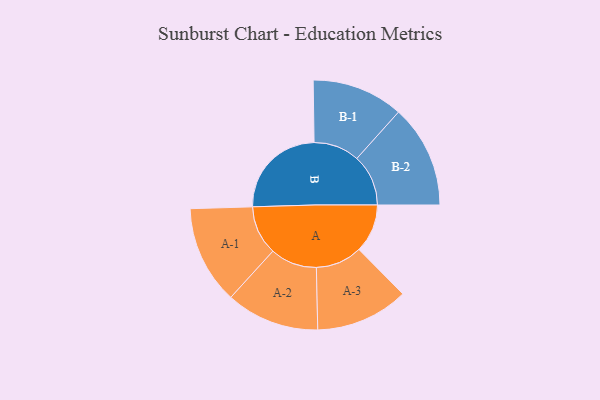
{"axis": {"x": "Segment", "y": "Value"}, "legend": ["", "A", "B"], "data": [{"x": "A", "y": 214, "type": ""}, {"x": "B", "y": 429, "type": ""}, {"x": "A-1", "y": 217, "type": "A"}, {"x": "A-2", "y": 206, "type": "A"}, {"x": "A-3", "y": 205, "type": "A"}, {"x": "B-1", "y": 202, "type": "B"}, {"x": "B-2", "y": 227, "type": "B"}]}